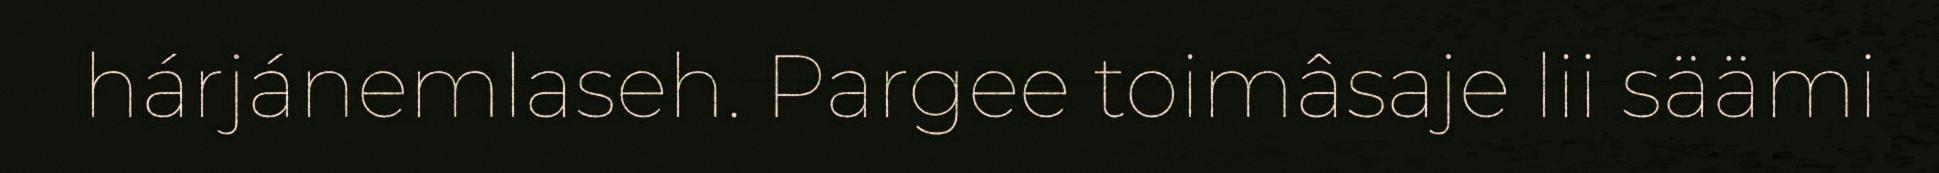
hárjánemlaseh. Pargee toimâsaje lii säämi